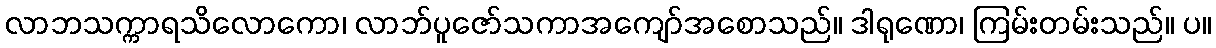
လာဘသက္ကာရသိလောကော၊ လာဘ်ပူဇော်သကာအကျော်အစောသည်။ ဒါရုဏော၊ ကြမ်းတမ်းသည်။ ပ။